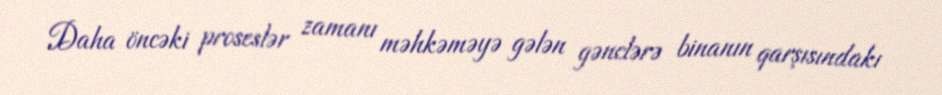
Daha öncəki proseslər zamanı məhkəməyə gələn gənclərə binanın qarşısındakı